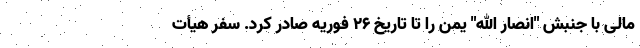
مالی با جنبش "انصار الله" یمن را تا تاریخ ۲۶ فوریه صادر کرد. سفر هیأت